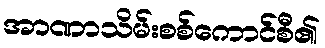
အာဏာသိမ်းစစ်ကောင်စီ၏